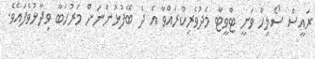
ރައީސް ސޯލިހް ވަނީ ޓްވީޓާ މެދުވެރިކުރައްވާ އެ ދެ ބޭފުޅުންނަށް މަރުހަބާ ވިދާޅުވެފައެވެ.